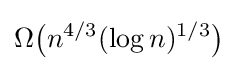
\Omega {\bigl (}n^{4/3}(\log n)^{1/3}{\bigr )}